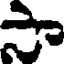
సా